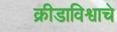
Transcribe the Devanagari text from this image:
क्रीडाविश्वाचे